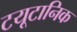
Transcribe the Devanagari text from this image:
टयूटानिक